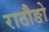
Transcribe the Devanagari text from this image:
राठौङो